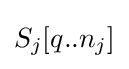
S_{j}[q..n_{j}]